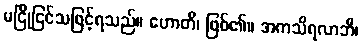
မငြိုငြင်သဖြင့်ရသည်။ ဟောတိ၊ ဖြစ်၏။ အကသိရလာဘီ၊